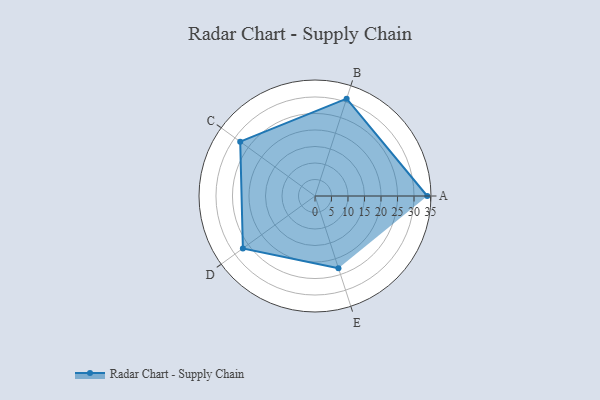
{"axis": {"x": "Skill", "y": "Score"}, "legend": ["Profile"], "data": [{"x": "A", "y": 34.0, "type": "Profile"}, {"x": "B", "y": 31.0, "type": "Profile"}, {"x": "C", "y": 28.0, "type": "Profile"}, {"x": "D", "y": 27.0, "type": "Profile"}, {"x": "E", "y": 23.0, "type": "Profile"}]}